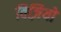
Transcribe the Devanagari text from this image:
विज़ियो